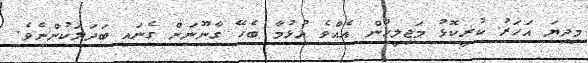
މިދިޔަ އަހަރު ކުރީކޮޅު މަޖިލީހުން އެއްވެ އުޅުމާ ބެހޭ ގާނޫނަށް ގެނައި ބަދަލަކުންނެވެ.